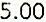
5.00